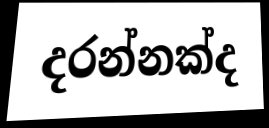
දරන්නක්ද